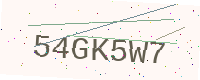
Text: 54GK5W7